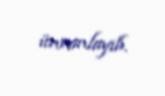
ünvanlayıb.